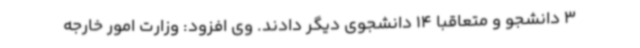
3 دانشجو و متعاقبا 14 دانشجوی دیگر دادند. وی افزود: وزارت امور خارجه